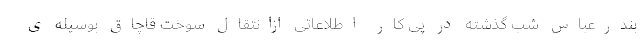
بندرعباس شب گذشته در پی کار اطلاعاتی ازانتقال سوخت قاچاق بوسیله ی